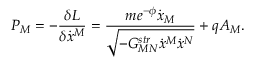
P _ { M } = - { \frac { \delta L } { \delta \dot { x } ^ { M } } } = { \frac { m e ^ { - \phi } \dot { x } _ { M } } { \sqrt { - G _ { M N } ^ { s t r } \dot { x } ^ { M } \dot { x } ^ { N } } } } + q A _ { M } .